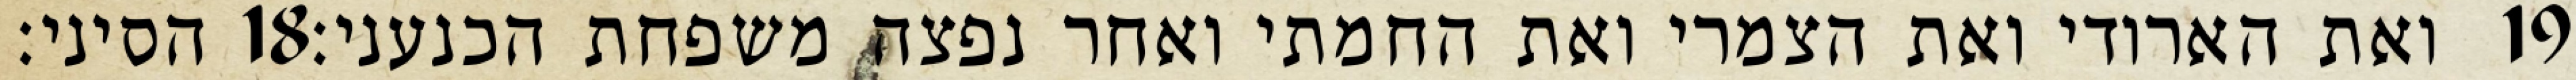
הסיני׃ ‎18‏ ואת הארודי ואת הצמרי ואת החמתי ואחר נפצה משפחת הכנעני׃ ‎19‏